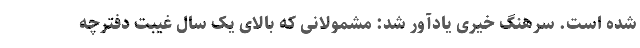
شده است. سرهنگ خیری یادآور شد: مشمولانی که بالای یک سال غیبت دفترچه